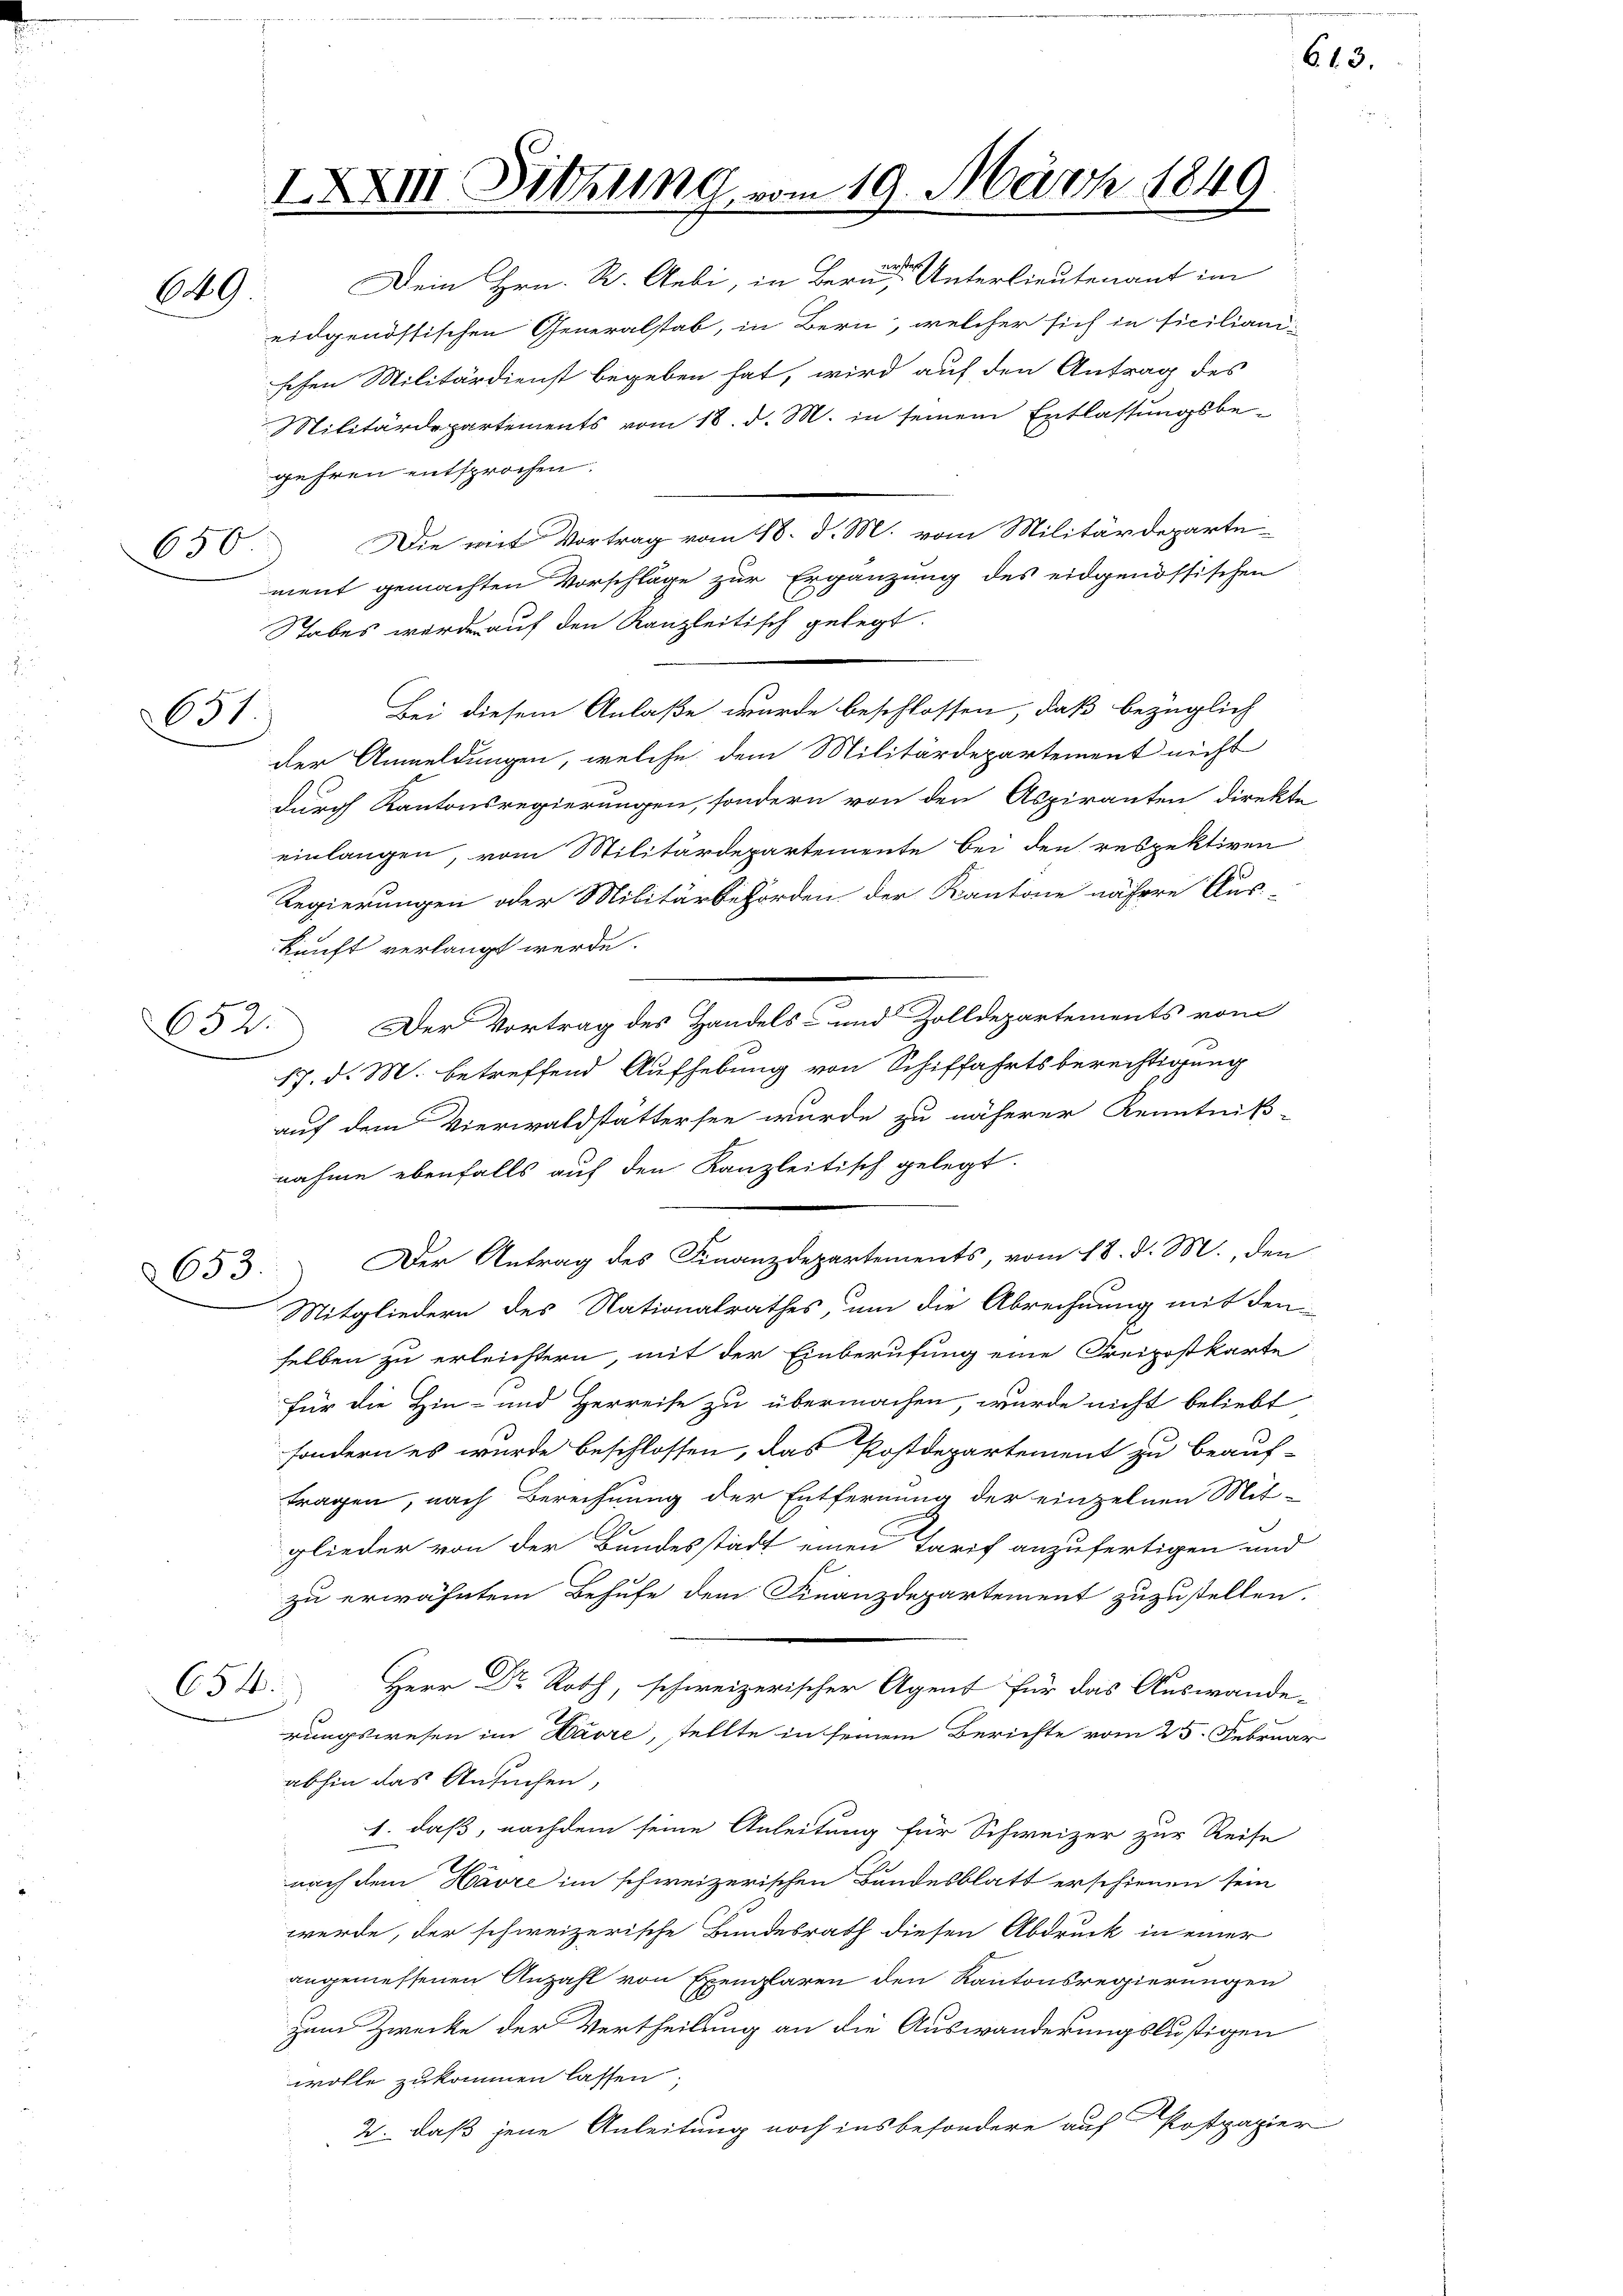
650

IXXIII. Sitzung vom 19. März 1849
Dein Hrn. R. Gebi, in Berner Unterlieutenant im

649

631.

eidgenössischen Generalstab, in Bern, welcher sich in siciliani-
schen Militärdienst begeben hat, wird auf den Antrag des
Militärdepartements vom 18. d. M. in seinem Entlassungsbe-
gehren entsprochen.
Die mit Vortrag vom 18. d. M. vom Militärdeparte
ment gemachten Vorschläge zur Ergänzung des eidgenössischen
Stabes wurde auf den Kanzleitisch gelegt.
Bei diesem Anlaße wurde beschlossen, daß bezüglich
der Anmeldungen, welche dem Militärdepartement nicht
durch Kantonsregierungen, sondern von den Aspiranten direkte
einlangen, vom Militärdepartemente bei den respektiven
Regierungen oder Militärbehörden der Kantone nähere Aus-
2
kunft verlangt werde.
652. Der Vortrag des Handels- und Zolldepartements vom
17. d. M. betreffend Aufhebung von Schiffahrtsberechtigung
auf dem Vierwaldstättersee wurde zu näherer Kenntniß-
nahme ebenfalls auf den Kanzleitisch gelegt.
653. Der Antrag des Finanzdepartements, vom 18. d. M., den
Mitgliedern des Nationalrathes, um die Abrechnung mit den
selben zu erleichtern, mit der Einberufung eine Freipostkarte
für die Hin- und Herreise zu übermachen, wurde nicht beliebt
sondern es wurde beschlossen, das Postdepartement zu beauf-
tragen, nach Berechnung der Entfernung der einzelnen Mit-
glieder von der Bundesstadt einen Tarif anzufertigen und
zu erwähntem Behufe dem Finanzdepartement zuzustellen.
654.
Herr Dr. Roth, schweizerischer Agent für das Auswande-
rungswesen im Havre, stellte in seinem Berichte vom 25. Februar
abhin das Ansuchen,
1. daß, nachdem seine Anleitung für Schweizer zur Reise
nach dem Havre im schweizerischen Bundesblatt erschienen sein
werde, der schweizerische Bundesrath diesen Abdruck in einer
angemessenen Anzahl von Exemplaren den Kantonsregierungen
zum Zwecke der Vertheilung an die Auswanderungslustigen
wolle zukommen lassen,
2. daß jene Anleitung noch insbesondere auf Postpapier

613.